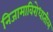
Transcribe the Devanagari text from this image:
निजामाविरोधातील